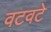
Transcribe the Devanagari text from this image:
वटवटे